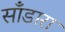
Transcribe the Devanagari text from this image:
साँडारा